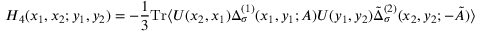
H _ { 4 } ( x _ { 1 } , x _ { 2 } ; y _ { 1 } , y _ { 2 } ) = - { \frac { 1 } { 3 } } \mathrm { T r } \langle U ( x _ { 2 } , x _ { 1 } ) \Delta _ { \sigma } ^ { ( 1 ) } ( x _ { 1 } , y _ { 1 } ; A ) U ( y _ { 1 } , y _ { 2 } ) \tilde { \Delta } _ { \sigma } ^ { ( 2 ) } ( x _ { 2 } , y _ { 2 } ; - \tilde { A } ) \rangle